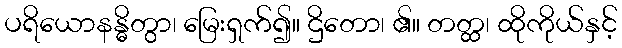
ပရိယောနန္ဓိတွာ၊ မြေးရှက်၍။ ဌိတော၊ ၏။ တတ္ထ၊ ထိုကိုယ်နှင့်